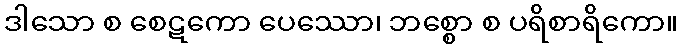
ဒါသော စ စေဋကော ပေဿော၊ ဘစ္စော စ ပရိစာရိကော။